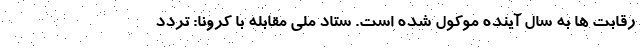
رقابت ها به سال آینده موکول شده است. ستاد ملی مقابله با کرونا: تردد